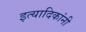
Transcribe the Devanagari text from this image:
इत्यादिकांनी